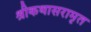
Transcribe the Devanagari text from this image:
श्रीकथासरामृत